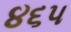
૪૬૫